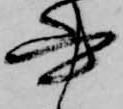
書